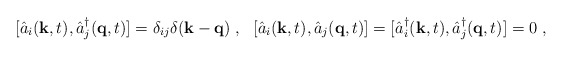
\begin{align*}[\hat{a}_i({\bf k},t),\hat{a}_j^\dag({\bf q},t)]=\delta_{ij}\delta({\bf k}-{\bf q})\;,~~[\hat{a}_i({\bf k},t),\hat{a}_j({\bf q},t)]=[\hat{a}_i^\dag({\bf k},t),\hat{a}_j^\dag({\bf q},t)]=0\;,\end{align*}